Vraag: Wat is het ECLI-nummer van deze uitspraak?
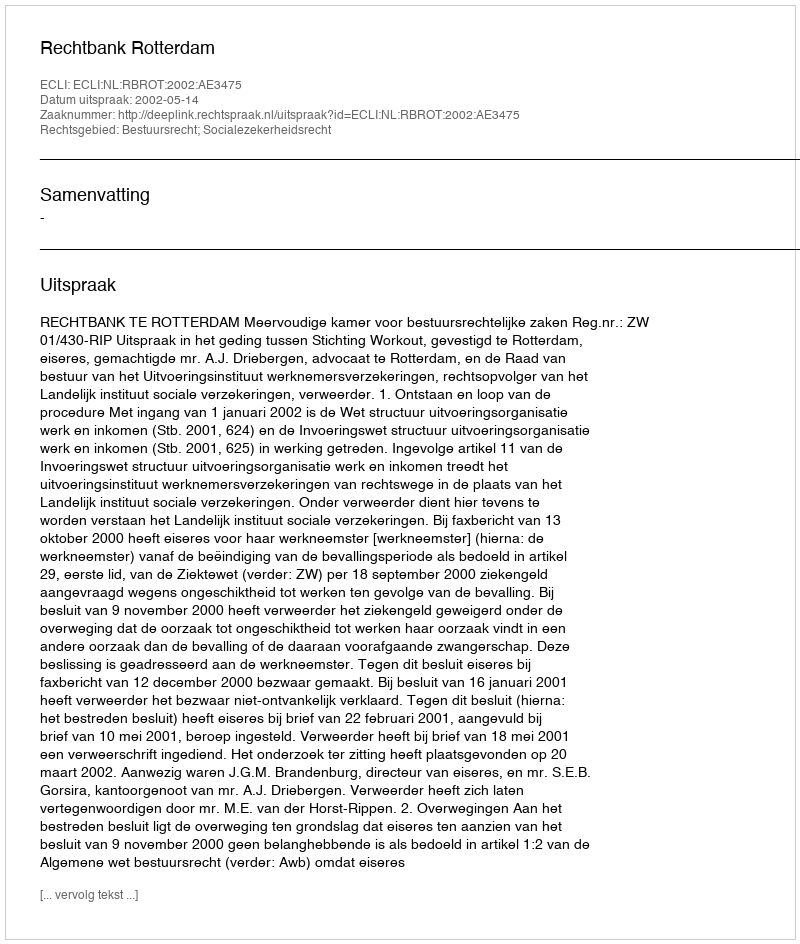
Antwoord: ECLI:NL:RBROT:2002:AE3475